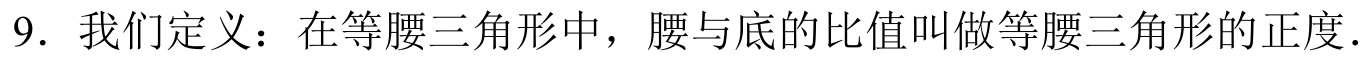
9. 我们定义：在等腰三角形中，腰与底的比值叫做等腰三角形的正度.